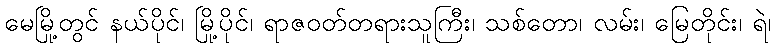
မေမြို့တွင် နယ်ပိုင်၊ မြို့ပိုင်၊ ရာဇဝတ်တရားသူကြီး၊ သစ်တော၊ လမ်း၊ မြေတိုင်း၊ ရဲ၊